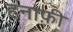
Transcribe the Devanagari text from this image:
हनाफ़ी